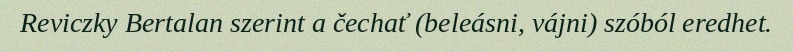
Reviczky Bertalan szerint a čechať (beleásni, vájni) szóból eredhet.